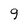
Character: 9